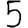
Digit: 5